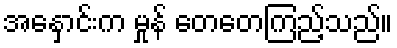
အနှောင်းက မှုန် တေတေကြည့်သည်။